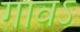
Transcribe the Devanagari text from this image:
गावऽ